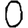
Digit: 0